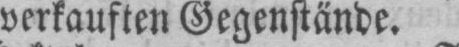
verkauften Gegenstände.